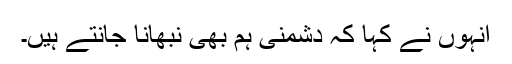
انہوں نے کہا کہ دشمنی ہم بھی نبھانا جانتے ہیں۔